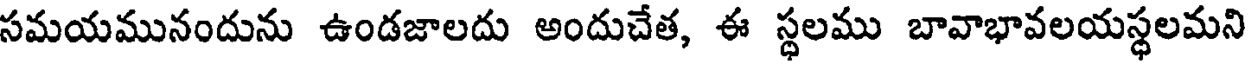
సమయమునందును ఉండజాలదు అందుచేత, ఈ స్థలము బావాభావలయస్థలమని